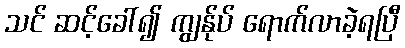
သင် ဆင့်ခေါ်၍ ကျွန်ုပ် ရောက်လာခဲ့ရပြီ